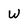
Character: w